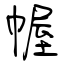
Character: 幄